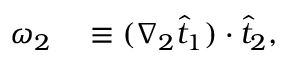
\begin{array} { r l } { \omega _ { 2 } } & { { } \equiv ( \nabla _ { 2 } \widehat { t } _ { 1 } ) \cdot \widehat { t } _ { 2 } , } \end{array}